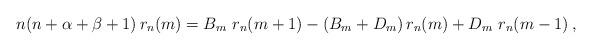
LaTeX: \begin{align*} n(n+\alpha+\beta+1)\, r_n(m)=B_m \ r_{n}(m+1) -(B_m+D_m )\, r_n(m)+ D_m\ r_n(m-1)\,,\end{align*}